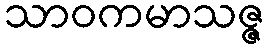
သာဝကမာသဇ္ဇ